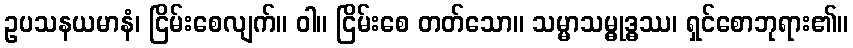
ဥပသနယမာနံ၊ ငြိမ်းစေလျက်။ ဝါ။ ငြိမ်းစေ တတ်သော။ သမ္မာသမ္ဓုဒ္ဓဿ၊ ရှင်စောဘုရား၏။